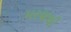
મરણથી